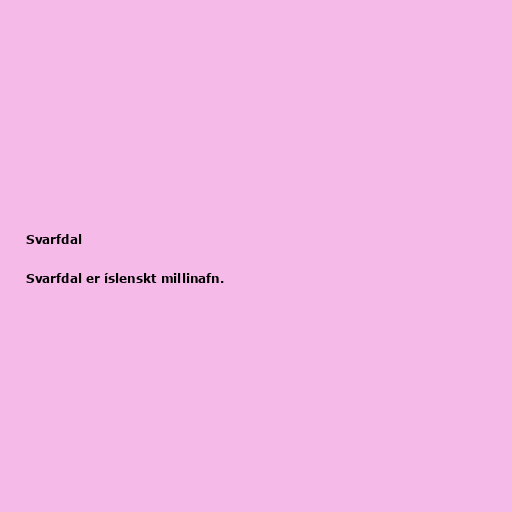
Svarfdal

Svarfdal er íslenskt millinafn.